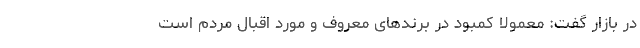
در بازار گفت: معمولا کمبود در برندهای معروف و مورد اقبال مردم است